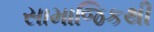
સામાજિકથી